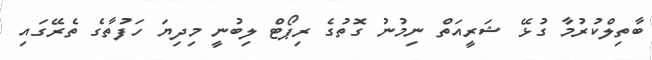
ބާތިލްކުރުމާ ގުޅޭ ޝަރީއަތް ނިމުނު ގޮތުގެ ރިޕޯޓް ލިބުނީ މިދިޔަ ހަފުތާގެ ތެރޭގައި